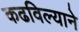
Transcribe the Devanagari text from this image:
कढविल्याने